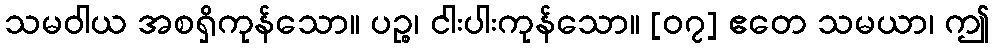
သမဝါယ အစရှိကုန်သော။ ပဉ္စ၊ ငါးပါးကုန်သော။ [၀၇] ဧတေ သမယာ၊ ဤ